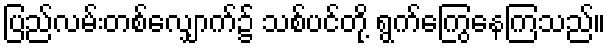
ပြည်လမ်းတစ်လျှောက်၌ သစ်ပင်တို့ ရွက်ကြွေနေကြသည်။